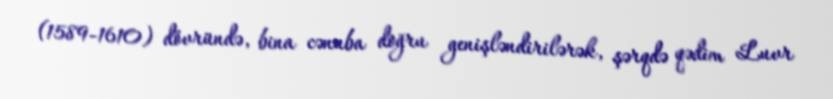
(1589-1610) dövründə, bina cənuba doğru genişləndirilərək, şərqdə qədim Luvr